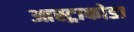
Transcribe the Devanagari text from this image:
आस्ट्राकोडा